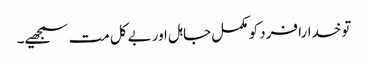
تو خدارا فرد کو مکمل جاہل اور بےکل مت سمجھیے۔